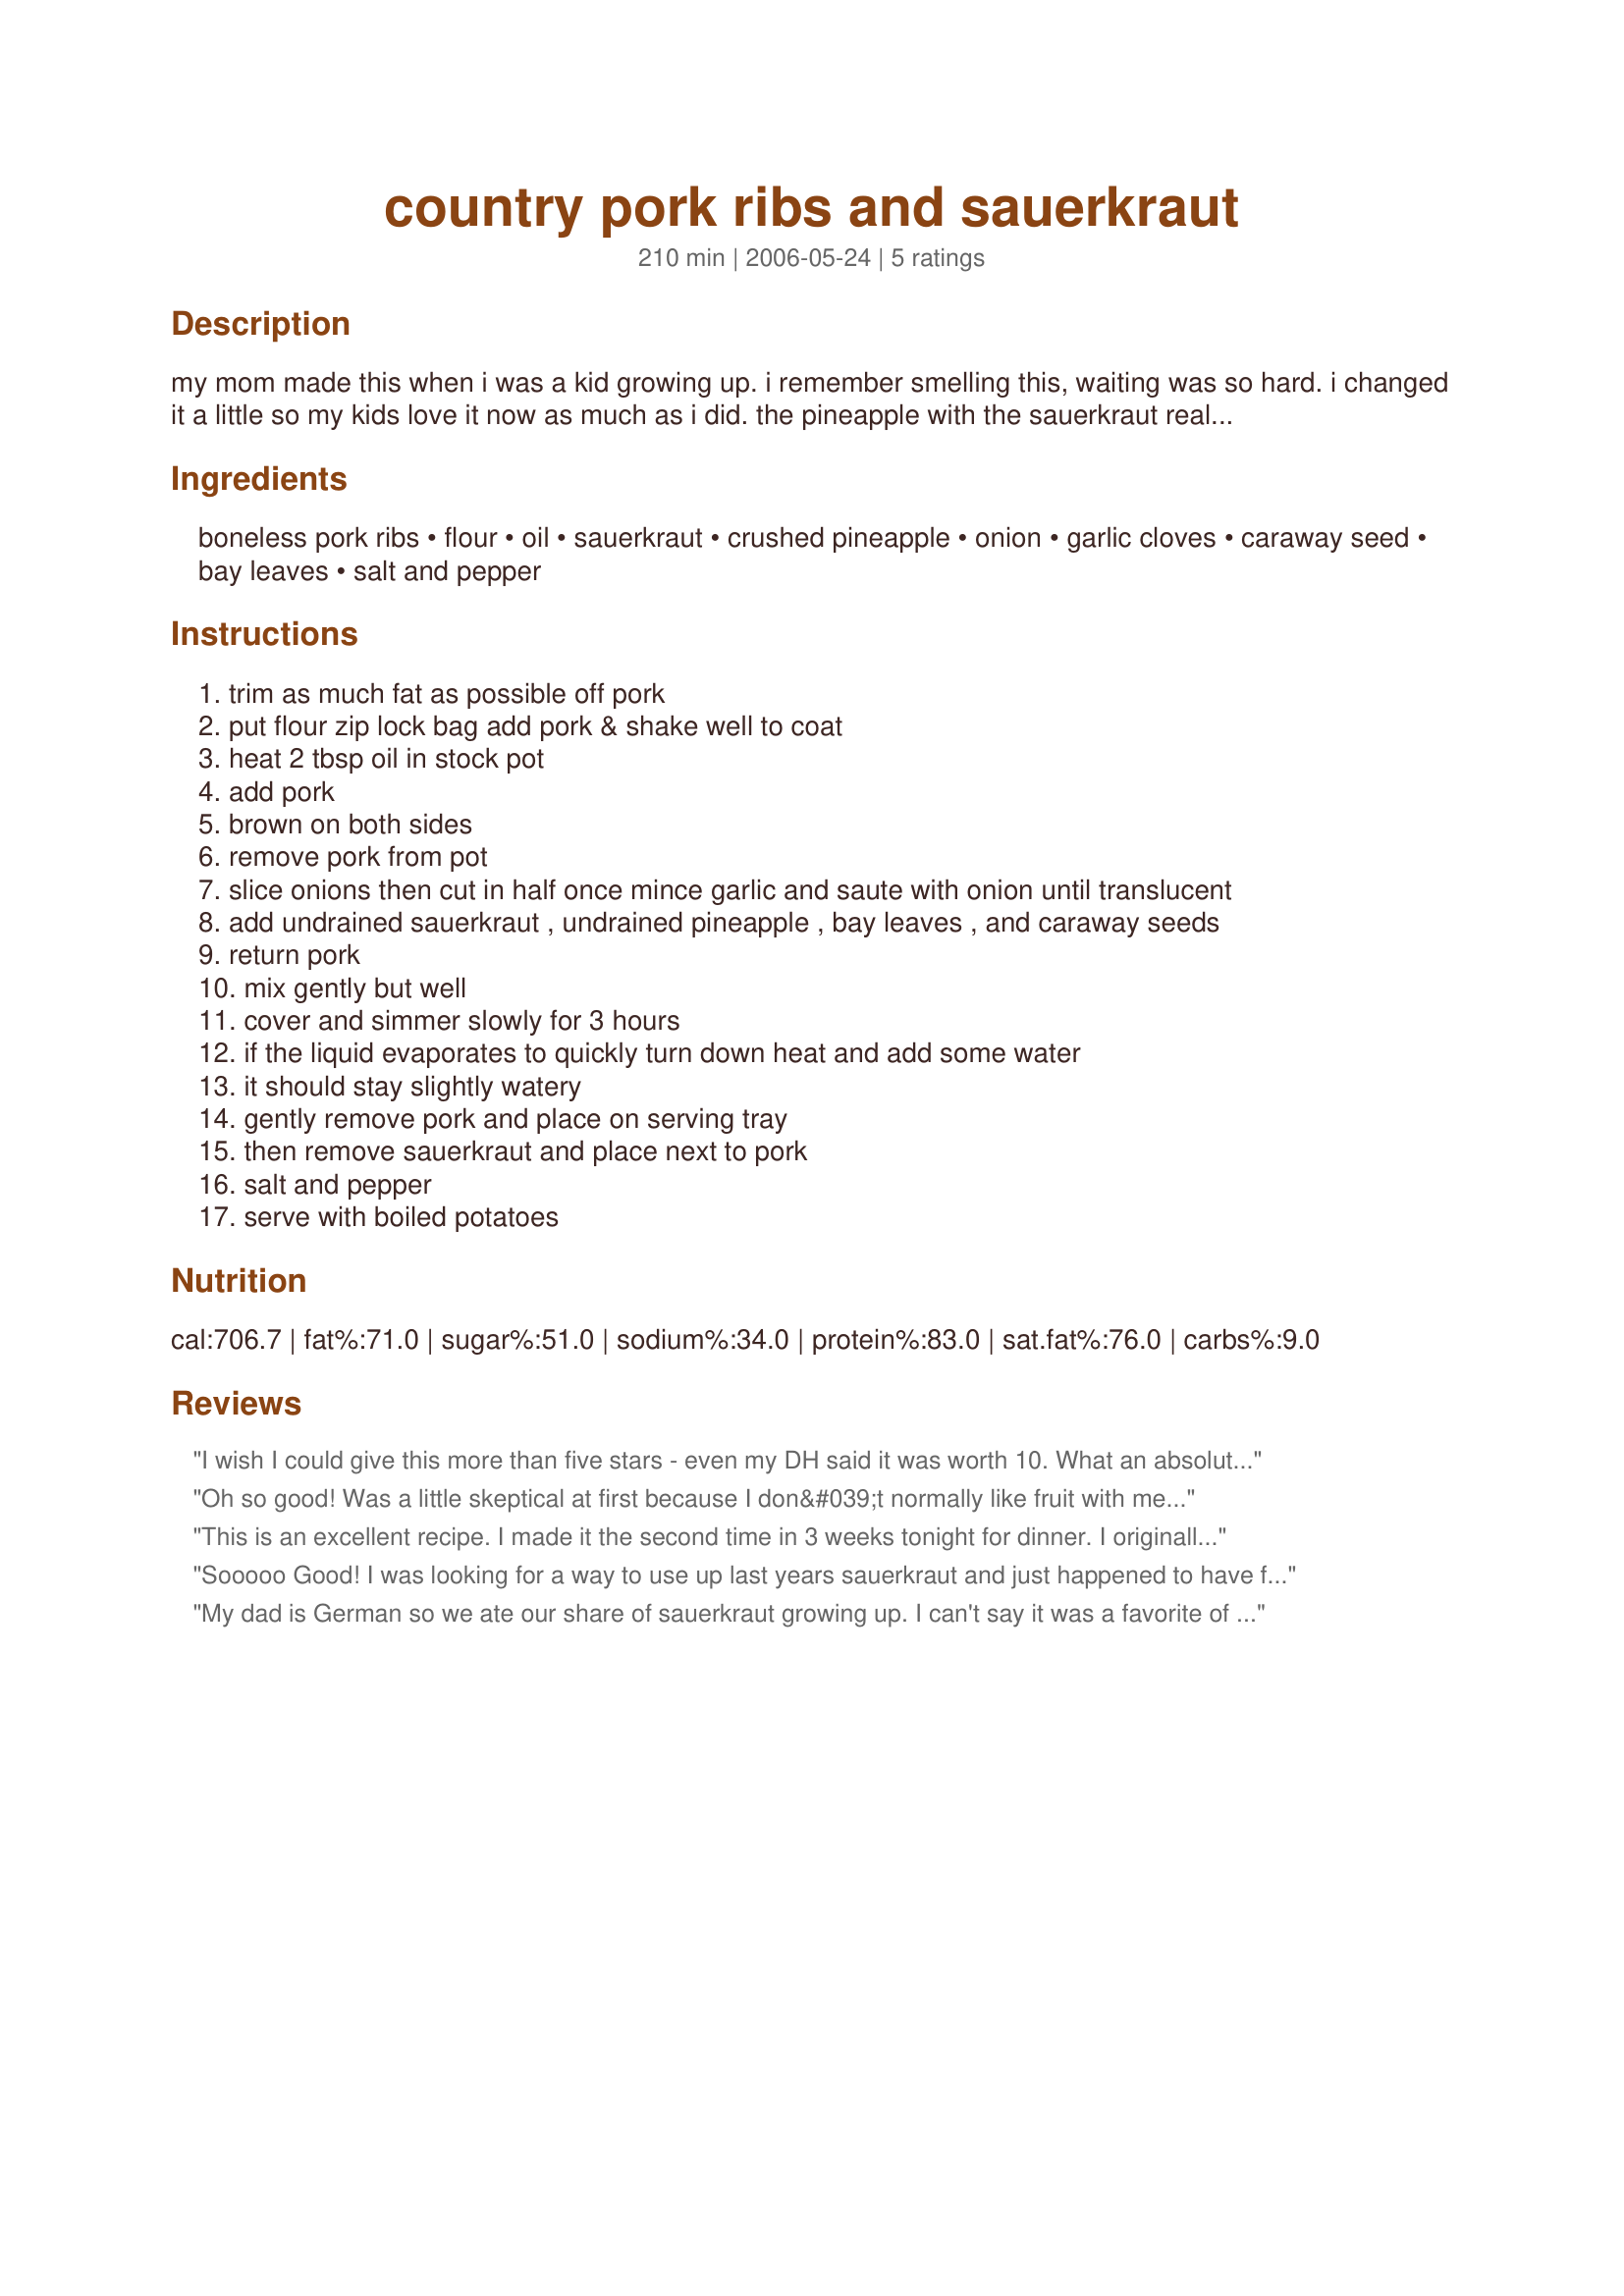
country pork ribs and sauerkraut
Preparation time: 210 minutes

my mom made this when i was a kid growing up. i remember smelling this, waiting was so hard. i changed it a little so my kids love it now as much as i did. the pineapple with the sauerkraut really makes it different and very tasty.

Ingredients:
boneless pork ribs, flour, oil, sauerkraut, crushed pineapple, onion, garlic cloves, caraway seed, bay leaves, salt and pepper

Steps:
trim as much fat as possible off pork
put flour zip lock bag add pork & shake well to coat
heat 2 tbsp oil in stock pot
add pork
brown on both sides
remove pork from pot
slice onions then cut in half once mince garlic and saute with onion until translucent
add undrained sauerkraut , undrained pineapple , bay leaves , and caraway seeds
return pork
mix gently but well
cover and simmer slowly for 3 hours
if the liquid evaporates to quickly turn down heat and add some water
it should stay slightly watery
gently remove pork and place on serving tray
then remove sauerkraut and place next to pork
salt and pepper
serve with boiled potatoes

Reviews:
I wish I could give this more than five stars - even my DH said it was worth 10. What an absolutely simple recipe to prepare to end up tasting so wonderful. The addition of pineapple to the sauerkraut is a truly inspirational addition as it mellows the sauerkraut enough to entice, even me, to go back for seconds. Thank you aprincessmom for posting this - this will be used regularly!
Oh so good! Was a little skeptical at first because I don&#039;t normally like fruit with meat. But decided to try it and it was delicious. Sweet and tangy. Had a large pkg of ribs so on a whim invited friends to join us. Thumbs up! They also loved it. Shared the recipe with two of my BF&#039;s one has already made it and they loved it.
This is an excellent recipe. I made it the second time in 3 weeks tonight for dinner. I originally made it for my DH because he loves sauerkraut. I couldn't believe how much I loved it considering I wasn't a sauerkraut eater. The pineapple mellows the sauerkraut perfectly. Tonight I added chopped apples to the sauerkraut mixture on the bottom. My mom in law loved it and is taking the recipe home with her. Thank you for sharing this great recipe!
Sooooo Good! I was looking for a way to use up last years sauerkraut and just happened to have fresh pineapple! Used boneless pork loin chops. I think the caraway and pineapple put this dish over the top! Thank you for a new favorite!
My dad is German so we ate our share of sauerkraut growing up. I can't say it was a favorite of mine but I liked it well enough. But this....I loved this!! I've made it more than once now and I just can't get enough. The pineapple really adds a lot to this dish.
